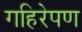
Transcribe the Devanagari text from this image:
गहिरेपण